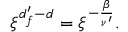
\begin{array} { r } { \xi ^ { d _ { f } ^ { \prime } - d } = \xi ^ { - \frac { \beta } { \nu ^ { \prime } } } . } \end{array}